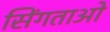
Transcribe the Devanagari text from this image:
सिंगताओ